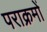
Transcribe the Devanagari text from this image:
पराक्रमों